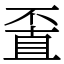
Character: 𠁆